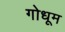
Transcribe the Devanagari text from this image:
गोधूम